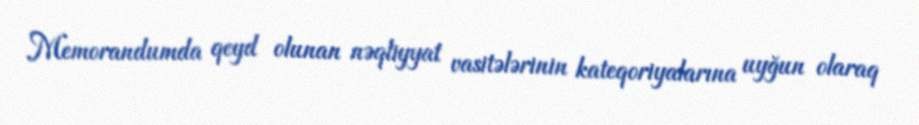
Memorandumda qeyd olunan nəqliyyat vasitələrinin kateqoriyalarına uyğun olaraq